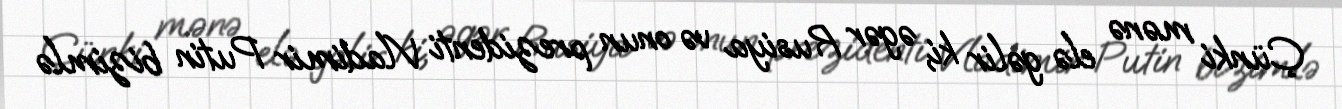
Çünki mənə elə gəlir ki, əgər Rusiya və onun prezidenti Vladimir Putin bizimlə